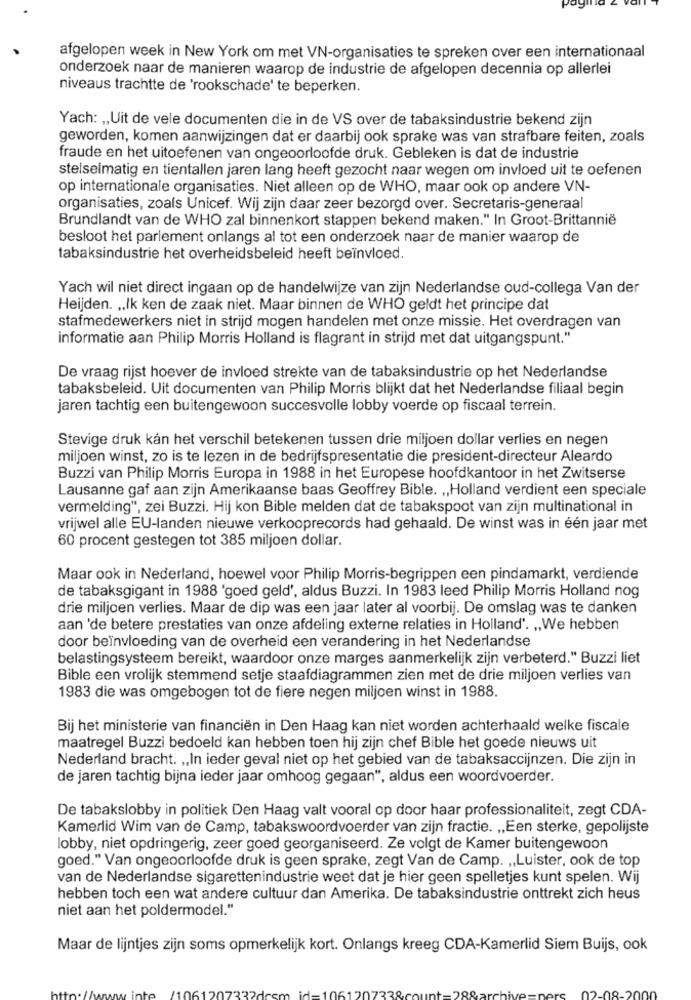
afgelopen week in New York om met VN-organisaties te spreken over een internationaal
onderzoek naar de manieren waarop de industrie de afgelopen decennia op allerlei
niveaus trachtte de 'rookschade' te beperken.
Yach: „Uit de vele documenten die in de VS over de tabaksindustrie bekend zijn
geworden, komen aanwijzingen dat er daarbij ook sprake was van strafbare feiten, zoals
fraude en het uitoefenen van ongeoorloofde druk. Gebleken is dat de industrie
stelselmatig en tientallen jaren lang heeft gezocht naar wegen om invloed uit te oefenen
op internationale organisaties. Niet alleen op de WHO, maar ook op andere VN-
organisaties, zoals Unicef. Wij zijn daar zeer bezorgd over. Secretaris-generaal
Brundlandt van de WHO zal binnenkort stappen bekend maken." In Groot-Brittannië
besloot het parlement onlangs al tot een onderzoek naar de manier waarop de
tabaksindustrie het overheidsbeleid heeft beïnvloed.
Yach wil niet direct ingaan op de handelwijze van zijn Nederlandse oud-collega Van der
Heijden. „Ik ken de zaak niet. Maar binnen de WHO geldt het principe dat
stafmedewerkers niet in strijd mogen handelen met onze missie. Het overdragen van
informatie aan Philip Morris Holland is flagrant in strijd met dat uitgangspunt."
De vraag rijst hoever de invloed strekte van de tabaksindustrie op het Nederlandse
tabaksbeleid. Uit documenten van Philip Morris blijkt dat het Nederlandse filiaal begin
jaren tachtig een buitengewoon succesvolle lobby voerde op fiscaal terrein.
Stevige druk kån het verschil betekenen tussen drie miljoen dollar verlies en negen
miljoen winst, zo is te lezen in de bedrijfspresentatie die president-directeur Aleardo
Buzzi van Philip Morris Europa in 1988 in het Europese hoofdkantoor in het Zwitserse
Lausanne gaf aan zijn Amerikaanse baas Geoffrey Bible. „,Holland verdient een speciale
vermelding", zei Buzzi. Hij kon Bible melden dat de tabakspoot van zijn multinational in
vrijwel alle EU-landen nieuwe verkooprecords had gehaald. De winst was in één jaar met
60 procent gestegen tot 385 miljoen dollar.
Maar ook in Nederland, hoewel voor Philip Morris-begrippen een pindamarkt, verdiende
de tabaksgigant in 1988 'goed geld', aldus Buzzi. In 1983 leed Philip Morris Holland nog
drie miljoen verlies. Maar de dip was een jaar later al voorbij. De omslag was te danken
aan 'de betere prestaties van onze afdeling externe relaties in Holland'. ,, We hebben
door beïnvloeding van de overheid een verandering in het Nederlandse
belastingsysteem bereikt, waardoor onze marges aanmerkelijk zijn verbeterd." Buzzi liet
Bible een vrolijk stemmend setje staafdiagrammen zien met de drie miljoen verlies van
1983 die was omgebogen tot de fiere negen miljoen winst in 1988.
Bij het ministerie van financiën in Den Haag kan niet worden achterhaald welke fiscale
maatregel Buzzi bedoeld kan hebben toen hij zijn chef Bible het goede nieuws uit
Nederland bracht. „,In ieder geval niet op het gebied van de tabaksaccijnzen. Die zijn in
de jaren tachtig bijna ieder jaar omhoog gegaan", aldus een woordvoerder.
De tabakslobby in politiek Den Haag valt vooral op door haar professionaliteit, zegt CDA-
Kamerlid Wim van de Camp, tabakswoordvoerder van zijn fractie. „Een sterke, gepolijste
lobby, niet opdringerig, zeer goed georganiseerd. Ze volgt de Kamer buitengewoon
goed." Van ongeoorloofde druk is geen sprake, zegt Van de Camp. „,Luister, ook de top
van de Nederlandse sigarettenindustrie weet dat je hier geen spelletjes kunt spelen. Wij
hebben toch een wat andere cultuur dan Amerika. De tabaksindustrie onttrekt zich heus
niet aan het poldermodel."
Maar de lijntjes zijn soms opmerkelijk kort. Onlangs kreeg CDA-Kamerlid Siem Buijs, ook